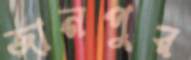
জানপুর